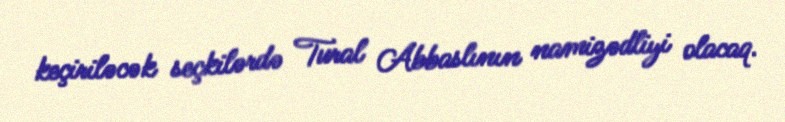
keçiriləcək seçkilərdə Tural Abbaslının namizədliyi olacaq.